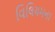
વિલિયમના